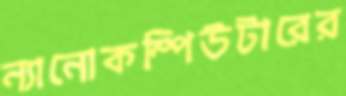
ন্যানোকম্পিউটারের